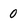
Character: 0